Rangoon Lunatic Asylum 1898-1906 - 1898-1906
Year: 1898
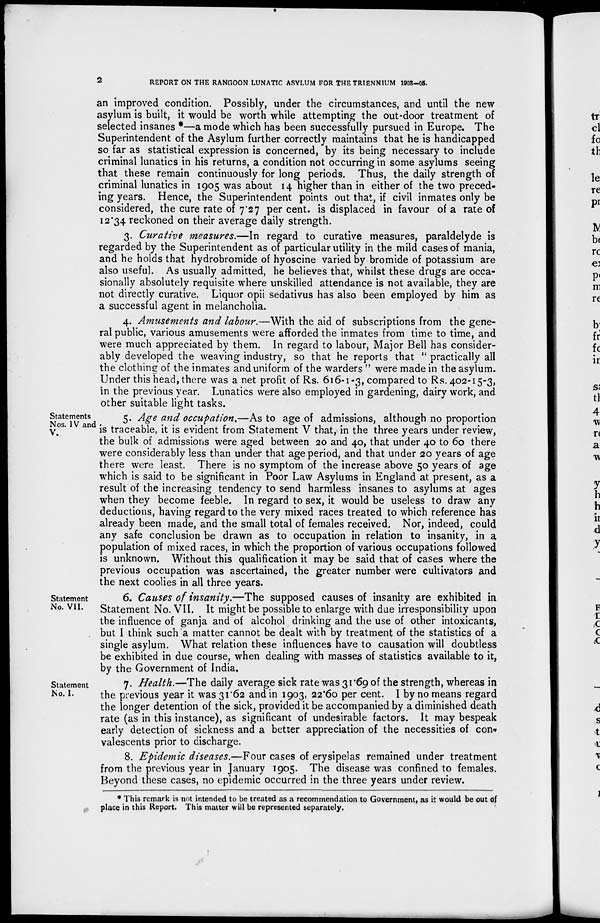
2
REPORT ON THE RANGOON LUNATIC ASYLUM FOR THE TRIENNIUM 1903-05.
an improved condition. Possibly, under the circumstances, and until the new
asylum is built, it would be worth while attempting the out-door treatment of
selected insanes *—a mode which has been successfully pursued in Europe. The
Superintendent of the Asylum further correctly maintains that he is handicapped
so far as statistical expression is concerned, by its being necessary to include
criminal lunatics in his returns, a condition not occurring in some asylums seeing
that these remain continuously for long periods. Thus, the daily strength of
criminal lunatics in 1905 was about 14 higher than in either of the two preced-
ing years. Hence, the Superintendent points out that, if civil inmates only be
considered, the cure rate of 7.27 per cent. is displaced in favour of a rate of
12.34 reckoned on their average daily strength.
3. Curative measures.—In regard to curative measures, paraldelyde is
regarded by the Superintendent as of particular utility in the mild cases of mania,
and he holds that hydrobromide of hyoscine varied by bromide of potassium are
also useful. As usually admitted, he believes that, whilst these drugs are occa-
sionally absolutely requisite where unskilled attendance is not available, they are
not directly curative. Liquor opii sedativus has also been employed by him as
a successful agent in melancholia.
4. Amusements and labour.—With the aid of subscriptions from the gene-
ral public, various amusements were afforded the inmates from time to time, and
were much appreciated by them. In regard to labour, Major Bell has consider-
ably developed the weaving industry, so that he reports that " practically all
the clothing of the inmates and uniform of the warders " were made in the asylum.
Under this head, there was a net profit of Rs. 616-1-3, compared to Rs. 402-15-3,
in the previous year. Lunatics were also employed in gardening, dairy work, and
other suitable light tasks.
Statements
Nos. IV and
V.
5. Age and occupation.—As to age of admissions, although no proportion
is traceable, it is evident from Statement V that, in the three years under review,
the bulk of admissions were aged between 20 and 40, that under 40 to 60 there
were considerably less than under that age period, and that under 20 years of age
there were least. There is no symptom of the increase above 50 years of age
which is said to be significant in Poor Law Asylums in England at present, as a
result of the increasing tendency to send harmless insanes to asylums at ages
when they become feeble. In regard to sex, it would be useless to draw any
deductions, having regard to the very mixed races treated to which reference has
already been made, and the small total of females received. Nor, indeed, could
any safe conclusion be drawn as to occupation in relation to insanity, in a
population of mixed races, in which the proportion of various occupations followed
is unknown. Without this qualification it may be said that of cases where the
previous occupation was ascertained, the greater number were cultivators and
the next coolies in all three years.
Statement
No. VII.
6. Causes of insanity.—The supposed causes of insanity are exhibited in
Statement No. VII. It might be possible to enlarge with due irresponsibility upon
the influence of ganja and of alcohol drinking and the use of other intoxicants,
but I think such a matter cannot be dealt with by treatment of the statistics of a
single asylum. What relation these influences have to causation will doubtless
be exhibited in due course, when dealing with masses of statistics available to it,
by the Government of India.
Statement
No. I.
7. Health.—The daily average sick rate was 31.69 of the strength, whereas in
the previous year it was 31.62 and in 1903, 22.60 per cent. I by no means regard
the longer detention of the sick, provided it be accompanied by a diminished death
rate (as in this instance), as significant of undesirable factors. It may bespeak
early detection of sickness and a better appreciation of the necessities of con-
valescents prior to discharge.
8. Epidemic diseases.—Four cases of erysipelas remained under treatment
from the previous year in January 1905. The disease was confined to females.
Beyond these cases, no epidemic occurred in the three years under review.
* This remark is not intended to be treated as a recommendation to Government, as it would be out of
place in this Report. This matter will be represented separately.